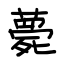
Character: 薨